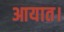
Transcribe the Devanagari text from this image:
आयात।